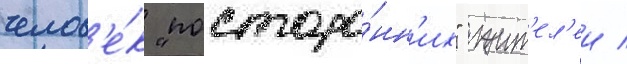
челов'е́к "посторо́нн'их" жит'ел'еи /